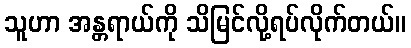
သူဟာ အန္တရာယ်ကို သိမြင်လို့ရပ်လိုက်တယ်။